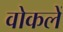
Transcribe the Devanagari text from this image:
वोकलें